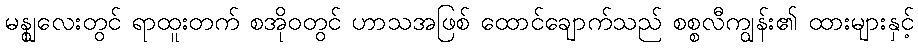
မန္ဈလေးတွင် ရာထူးတက် စအိုဝတွင် ဟာသအဖြစ် ထောင်ချောက်သည် စစ္စလီကျွန်း၏ ထားများနှင့်